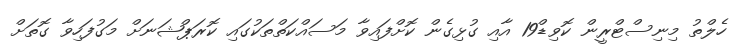
ހެލްތު މިނިސްޓްރީން ކޮވިޑް19 އާއި ގުޅިގެން ކޮށްފައިވާ މަސައްކަތްތަކުގައި ކޮރަޕްޝަނަށް މަގުފަހިވާ ގޮތަށް